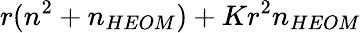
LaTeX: r(n^{2}+n_{HEOM})+Kr^{2}n_{HEOM}